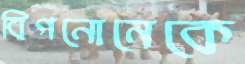
বিগনোনেকে